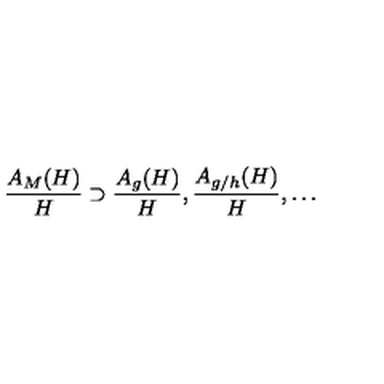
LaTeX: \frac { A _ { M } ( H ) } { H } \supset \frac { A _ { g } ( H ) } { H } , \frac { A _ { g / h } ( H ) } { H } , \ldots